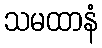
သမထာနံ